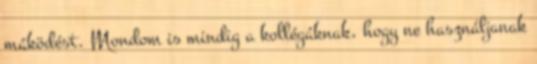
máködést. Mondom is mindig a kollégáknak, hogy ne használjanak